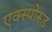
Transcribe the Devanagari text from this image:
एक्स्पोस्ड